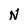
Character: N